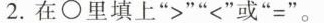
2.在\circ 里填上”>””<”或”=”。